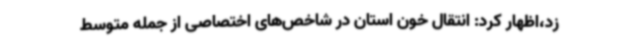
زد،‌اظهار کرد: انتقال خون استان در شاخص‌های اختصاصی از جمله متوسط